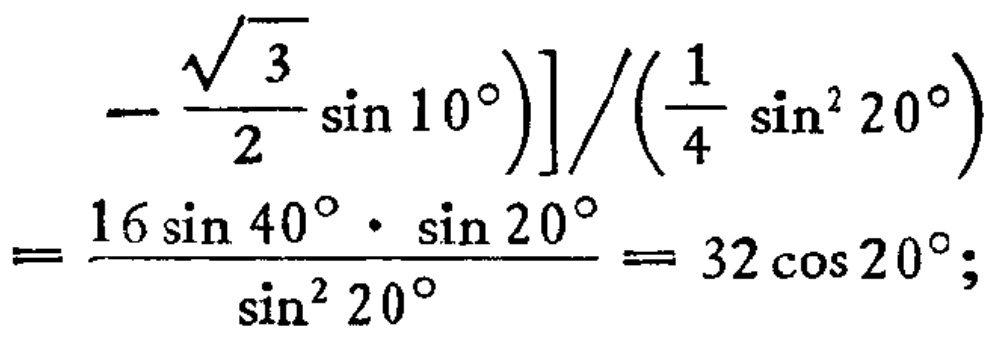
\[

\left.-\frac{\sqrt{3}}{2} \sin 10^{\circ}\right)] /\left(\frac{1}{4} \sin ^{2} 20^{\circ}\right)\\

=\frac{16 \sin 40^{\circ} \cdot \sin 20^{\circ}}{\sin ^{2} 20^{\circ}}=32 \cos 20^{\circ} ;

\]